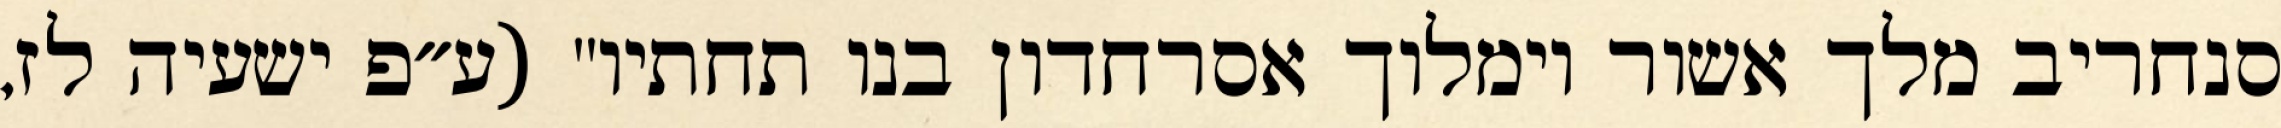
סנחריב מלך אשור וימלוך אסרחדון בנו תחתיו" (ע״פ ישעיה לז,